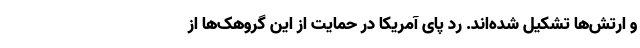
و ارتش‌ها تشکیل شده‌اند. رد پای آمریکا در حمایت از این گروهک‌ها از